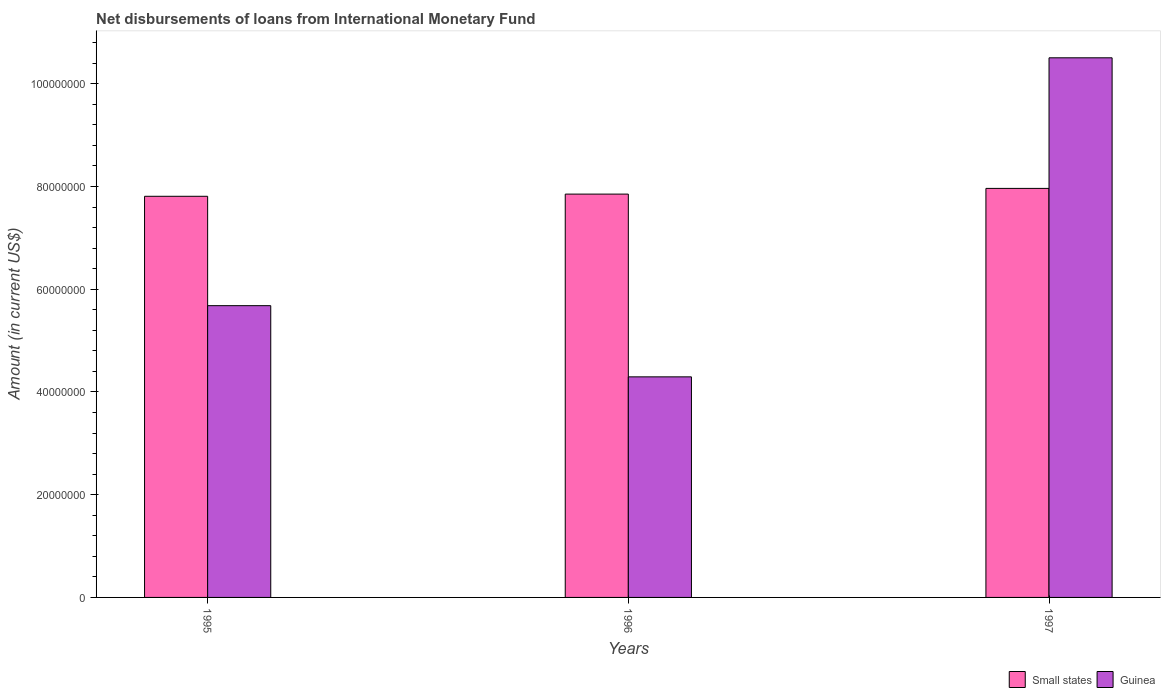
| Years | Small states | Guinea |
 | --- | --- | --- |
 | 1995 | 7.81e+07 | 5.68e+07 |
 | 1996 | 7.85e+07 | 4.29e+07 |
 | 1997 | 7.96e+07 | 1.05e+08 |